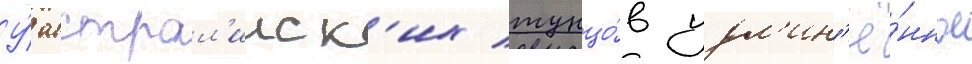
У́ австрал'ииск'их тунцо́в удл'ин'ё́нное